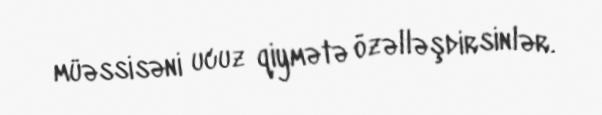
müəssisəni ucuz qiymətə özəlləşdirsinlər.